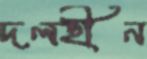
দলহীন